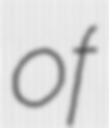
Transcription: of